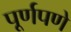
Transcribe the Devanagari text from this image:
पूूर्णपणे